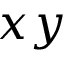
x y